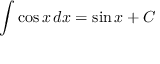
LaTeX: \int \cos { x } \, d x = \sin { x } + C